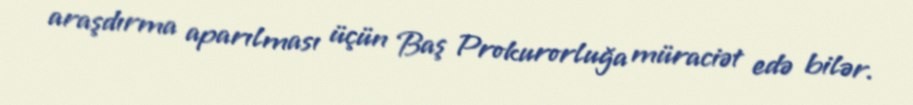
araşdırma aparılması üçün Baş Prokurorluğa müraciət edə bilər.